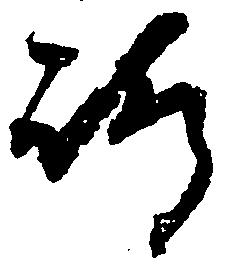
嶋